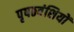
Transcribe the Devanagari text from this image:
पृषठवंशियों